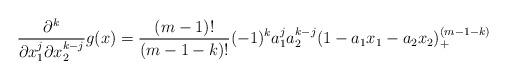
LaTeX: \begin{align*} \frac{ \partial^k}{ \partial x_1^j \partial x_2^{k-j}} g(x) = \frac{ (m-1)! }{(m-1-k)!} (-1)^k a_1^j a_2^{k-j} ( 1 - a_1 x_1 - a_2 x_2)_+^{(m-1-k)} \end{align*}